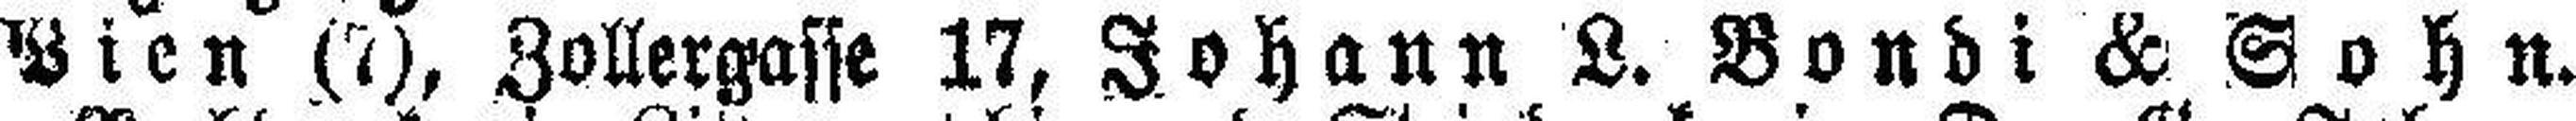
Wien (7), Zollergasse 17, Johann L. Bondi & Sohn.